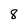
Character: 8